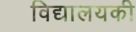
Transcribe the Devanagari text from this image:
विद्यालयकी